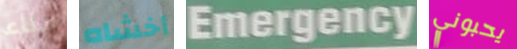
ابناء أخشاه Emergency يحبوني